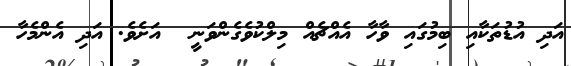
އަދި އުޑުތަކާއި ބިމުގައި ވާހާ އެއްޗެއް މިލްކުވެގެންވަނީ  އަށެވެ. އަދި އެންމެހާ